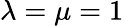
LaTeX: \lambda=\mu=1